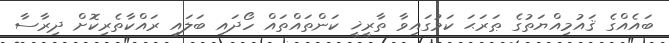
ބައެއްގެ ޤައުމިއްޔަތުގެ ޠަރަޙަ ކަމުގައިވާ ތާރީޚީ ކަންތައްތައް ހޯދައި ބަލައި ރައްކާތެރިކޮށް ދިރާސާ